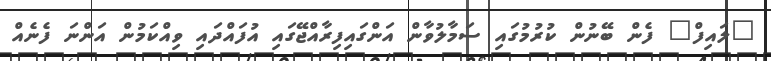
"ލައިފް" ފެން ބޭނުން ކުރުމުގައި ސަމާލުވާން އަންގައިފިރާއްޖޭގައި އުފައްދައި ވިއްކަމުން އަންނަ ފެނެއް